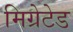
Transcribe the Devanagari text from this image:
मिग्रेटेड